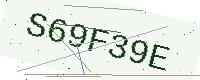
Text: S69F39E